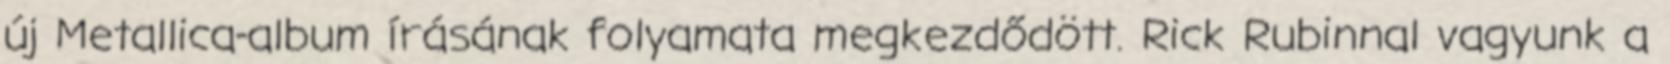
új Metallica-album írásának folyamata megkezdődött. Rick Rubinnal vagyunk a